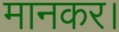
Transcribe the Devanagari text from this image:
मानकर।